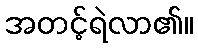
အတင့်ရဲလာ၏။